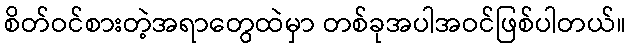
စိတ်ဝင်စားတဲ့အရာတွေထဲမှာ တစ်ခုအပါအဝင်ဖြစ်ပါတယ်။